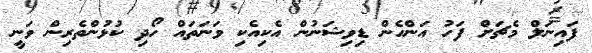
ފައިނަލް މެޗަށް ފަހު އަންހެން ޑިވިޝަނުން އެކިއެކި ވަނަތައް ހޯދި ކުޅުންތެރިން ވަނީ